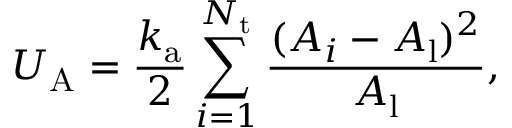
U _ { \mathrm { A } } = \frac { k _ { \mathrm { a } } } { 2 } \sum _ { i = 1 } ^ { N _ { \mathrm { t } } } \frac { ( A _ { i } - A _ { \mathrm { l } } ) ^ { 2 } } { A _ { \mathrm { l } } } ,